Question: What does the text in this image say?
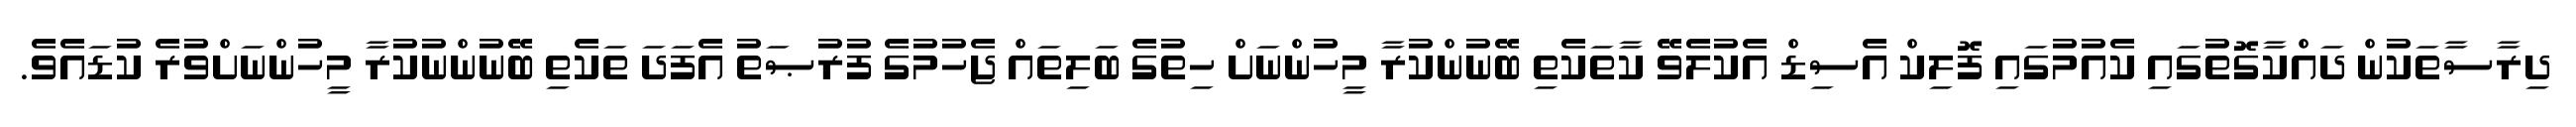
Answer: ދިރާސާތަކުން ދައްކާގޮތުގައި ކެއުމުގައި ފޮލިކް އެސިޑް އެކުލެވޭ ކާތަކެތި ބޭނުންކުރާ މީހުންނަށް ހިތުގެ ބަލިތައް ޖެހުމުގެ ފުރުޞަތު އެފަދަ ތަކެތި ބޭނުންނުކުރާ މީހުންނަށްވުރެ ކުޑައެވެ.